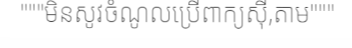
"""មិនសូវចំណូលប្រើពាក្យស៊ី,តាម"""